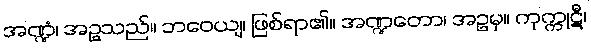
အဏ္ဍံ၊ အဥသည်။ ဘဝေယျ၊ ဖြစ်ရာ၏။ အဏ္ဍတော၊ အဥမှ။ ကုက္ကုဋီ၊